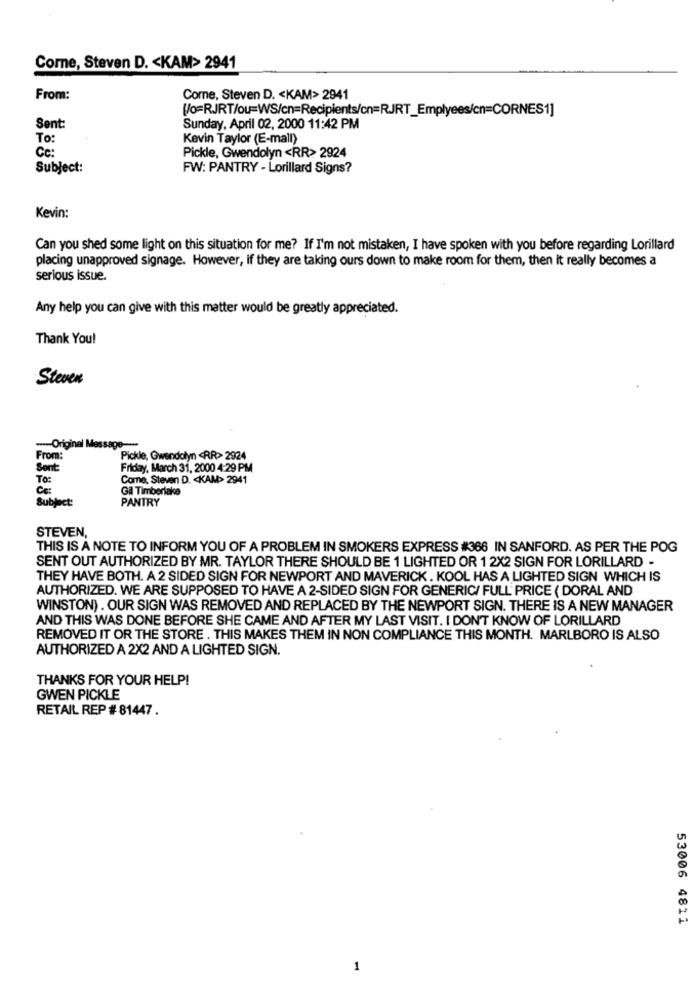
Come, Steven D. < KAM> 2941
From:
Come, Steven D. < KAM> 2941
[/o=RJRT/ou=WS/cn=Recipients/cn=RJRT_Emplyees/cn=CORNES1]
Sent:
Sunday, April 02, 2000 11:42 PM
To:
Kevin Taylor (E-mall)
Cc:
Pickle, Gwendolyn <RR> 2924
Subject:
FW: PANTRY - Lorillard Signs?
Kevin:
Can you shed some light on this situation for me? If I'm not mistaken, I have spoken with you before regarding Lorillard
placing unapproved signage. However, if they are taking ours down to make room for them, then it really becomes a
serious issue.
Any help you can give with this matter would be greatly appreciated.
Thank You!
Steven
Original Message ---
From:
Pickle, Gwendolyn <RR>> 2924
Sont:
Friday, March 31, 2000 4:29 PM
To:
Come, Steven D. < KAM> 2941
Cc:
Gil Timberlake
Subject:
PANTRY
STEVEN,
THIS IS A NOTE TO INFORM YOU OF A PROBLEM IN SMOKERS EXPRESS #366 IN SANFORD. AS PER THE POG
SENT OUT AUTHORIZED BY MR. TAYLOR THERE SHOULD BE 1 LIGHTED OR 1 2X2 SIGN FOR LORILLARD -
THEY HAVE BOTH. A 2 SIDED SIGN FOR NEWPORT AND MAVERICK . KOOL HAS A LIGHTED SIGN WHICH IS
AUTHORIZED. WE ARE SUPPOSED TO HAVE A 2-SIDED SIGN FOR GENERIC/ FULL PRICE ( DORAL AND
WINSTON) . OUR SIGN WAS REMOVED AND REPLACED BY THE NEWPORT SIGN. THERE IS A NEW MANAGER
AND THIS WAS DONE BEFORE SHE CAME AND AFTER MY LAST VISIT. I DON'T KNOW OF LORILLARD
REMOVED IT OR THE STORE . THIS MAKES THEM IN NON COMPLIANCE THIS MONTH. MARLBORO IS ALSO
AUTHORIZED A 2X2 AND A LIGHTED SIGN.
THANKS FOR YOUR HELP!
GWEN PICKLE
RETAIL REP # 81447 .
53006 4811
1